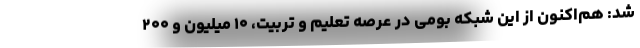
شد: هم‌اکنون از این شبکه بومی در عرصه تعلیم و تربیت، ۱۰ میلیون و ۲۰۰